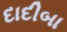
દાદીબા